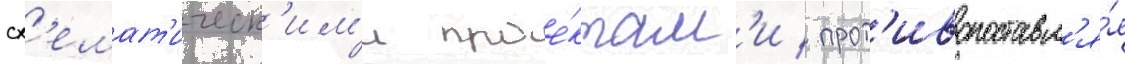
сх'емат'ическ'им'и прое́ктам'и / прот'ивопоставл'я́я